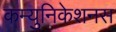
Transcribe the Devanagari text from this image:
कम्युनिकेशनस